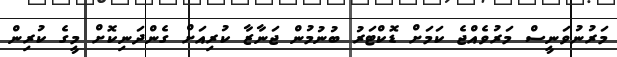
މަރުނުވަނީސް މަރުވެއްޖެ ކަމަށް ޑޮކްޓަރު ބުނުމުން ޖަނާޒާ ކުރިއަށް ގެންދަނިކޮށް މީގެ ކުރިން